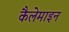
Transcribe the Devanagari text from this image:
कैलेमाइन